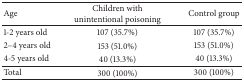
| Age | Children with unintentional poisoning | Control group |
 | --- | --- | --- |
 | 1-2 years old | 107 (35.7%) | 107 (35.7%) |
 | 2–4 years old | 153 (51.0%) | 153 (51.0%) |
 | 4-5 years old | 40 (13.3%) | 40 (13.3%) |
 | Total | 300 (100%) | 300 (100%) |